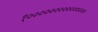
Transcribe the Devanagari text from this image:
१०००००००००००००००